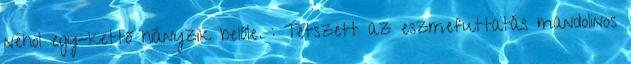
néhol egy-kettő hiányzik belőle. : Tetszett az eszmefuttatás mandolinos